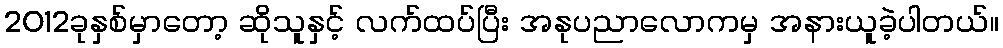
2012ခုနှစ်မှာတော့ ဆိုသူနှင့် လက်ထပ်ပြီး အနုပညာလောကမှ အနားယူခဲ့ပါတယ်။